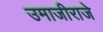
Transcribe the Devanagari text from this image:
उमाजीराजे